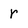
Character: r